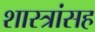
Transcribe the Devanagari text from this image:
शास्त्रांसह